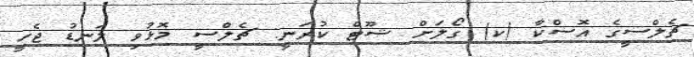
ޗެލްސީގެ އޮސްކާ (ކ) ގޯލަށް ޝޫޓް ކުރަނީ: ޗެލްސީ މޮޅުވި ލަނޑު ޖެހީ